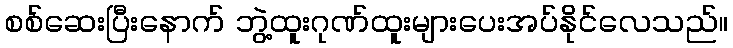
စစ်ဆေးပြီးနောက် ဘွဲ့ထူးဂုဏ်ထူးများပေးအပ်နိုင်လေသည်။